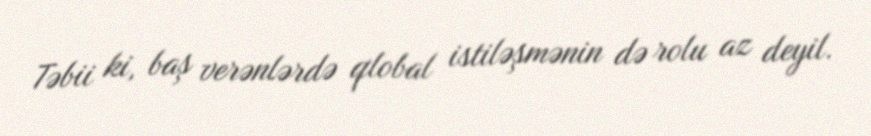
Təbii ki, baş verənlərdə qlobal istiləşmənin də rolu az deyil.